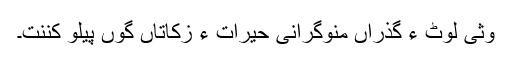
وثی لوٹ ءُُ گذراں منوگرانی حیرات ءُُ زکاتاں گوں پیلو کننت۔